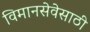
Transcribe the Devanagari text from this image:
विमानसेवेसाठी